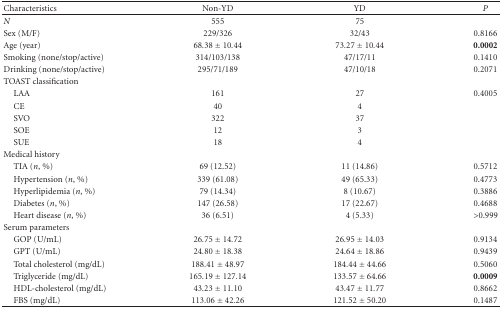
<table><thead><tr><td><b>Characteristics</b></td><td><b>Non-YD</b></td><td><b>YD</b></td><td><b><i>P</i></b></td></tr></thead><tbody><tr><td><i>N</i></td><td>555</td><td>75</td><td></td></tr><tr><td>Sex (M/F)</td><td>229/326</td><td>32/43</td><td>0.8166</td></tr><tr><td>Age (year)</td><td>68.38 ± 10.44</td><td>73.27 ± 10.44</td><td><b>0.000</b><b>2</b></td></tr><tr><td>Smoking (none/stop/active)</td><td>314/103/138</td><td>47/17/11</td><td>0.1410</td></tr><tr><td>Drinking (none/stop/active)</td><td>295/71/189</td><td>47/10/18</td><td>0.2071</td></tr><tr><td>TOAST classification</td><td></td><td></td><td></td></tr><tr><td> LAA</td><td>161</td><td>27</td><td>0.4005</td></tr><tr><td> CE</td><td>40</td><td>4</td><td></td></tr><tr><td> SVO</td><td>322</td><td>37</td><td></td></tr><tr><td> SOE</td><td>12</td><td>3</td><td></td></tr><tr><td> SUE</td><td>18</td><td>4</td><td></td></tr><tr><td>Medical history</td><td></td><td></td><td></td></tr><tr><td> TIA (<i>n</i>, %)</td><td>69 (12.52)</td><td>11 (14.86)</td><td>0.5712</td></tr><tr><td> Hypertension (<i>n</i>, %)</td><td>339 (61.08)</td><td>49 (65.33)</td><td>0.4773</td></tr><tr><td> Hyperlipidemia (<i>n</i>, %)</td><td>79 (14.34)</td><td>8 (10.67)</td><td>0.3886</td></tr><tr><td> Diabetes (<i>n</i>, %)</td><td>147 (26.58)</td><td>17 (22.67)</td><td>0.4688</td></tr><tr><td> Heart disease (<i>n</i>, %)</td><td>36 (6.51)</td><td>4 (5.33)</td><td>&gt;0.999</td></tr><tr><td>Serum parameters</td><td></td><td></td><td></td></tr><tr><td> GOP (U/mL)</td><td>26.75 ± 14.72</td><td>26.95 ± 14.03</td><td>0.9134</td></tr><tr><td> GPT (U/mL)</td><td>24.80 ± 18.38</td><td>24.64 ± 18.86</td><td>0.9439</td></tr><tr><td> Total cholesterol (mg/dL)</td><td>188.41 ± 48.97</td><td>184.44 ± 44.66</td><td>0.5060</td></tr><tr><td> Triglyceride (mg/dL)</td><td>165.19 ± 127.14</td><td>133.57 ± 64.66</td><td><b>0.00</b><b>09</b></td></tr><tr><td> HDL-cholesterol (mg/dL)</td><td>43.23 ± 11.10</td><td>43.47 ± 11.77</td><td>0.8662</td></tr><tr><td> FBS (mg/dL)</td><td>113.06 ± 42.26</td><td>121.52 ± 50.20</td><td>0.1487</td></tr></tbody></table>